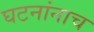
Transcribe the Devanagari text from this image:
घटनांनाच